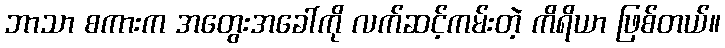
ဘာသာ စကားက အတွေးအခေါ်ကို လက်ဆင့်ကမ်းတဲ့ ကိရိယာ ဖြစ်တယ်။